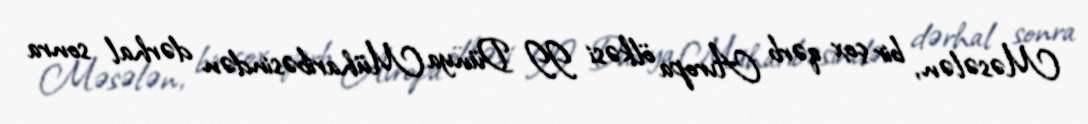
Məsələn, bir çox qərb Avropa ölkəsi II Dünya Müharibəsindən dərhal sonra